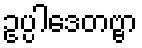
ဥပ္ပါဒေတဗ္ဗာ